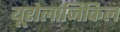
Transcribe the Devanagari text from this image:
यूरोलाजिकिल